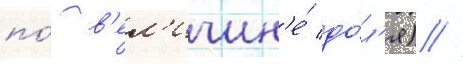
по́ в'ел'ичин'е́ до́л'я) //